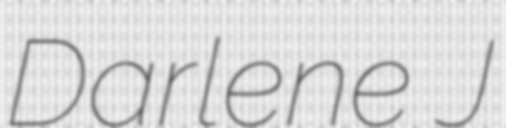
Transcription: Darlene J